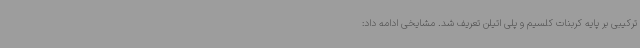
ترکیبی بر پایه کربنات کلسیم و پلی اتیلن تعریف شد. مشایخی ادامه داد: